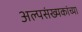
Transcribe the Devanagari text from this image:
अल्पसंख्यकांच्या